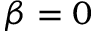
\beta = 0